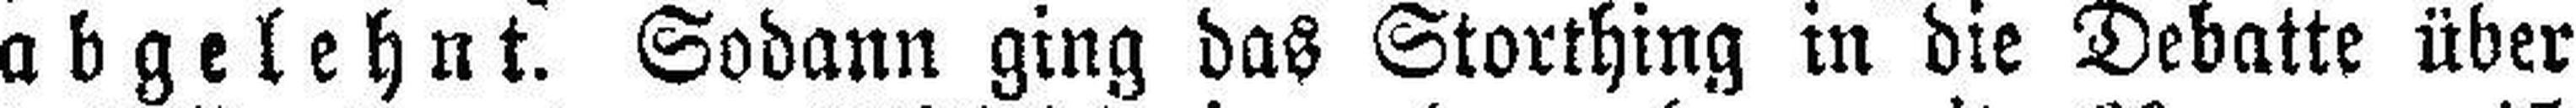
abgelehnt. Sodann ging das Storthing in die Debatte über